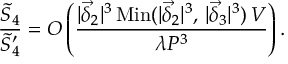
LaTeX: \frac { \tilde { S } _ { 4 } } { \tilde { S } _ { 4 } ^ { \prime } } = O \left( \frac { | \vec { \delta } _ { 2 } | ^ { 3 } \, \mathrm { M i n } ( | \vec { \delta } _ { 2 } | ^ { 3 } , \, | \vec { \delta } _ { 3 } | ^ { 3 } ) \, V } { \lambda { \cal P } ^ { 3 } } \right) .